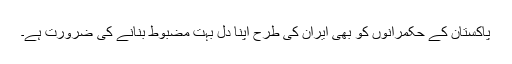
پاکستان کے حکمرانوں کو بھی ایران کی طرح اپنا دل بہت مضبوط بنانے کی ضرورت ہے۔